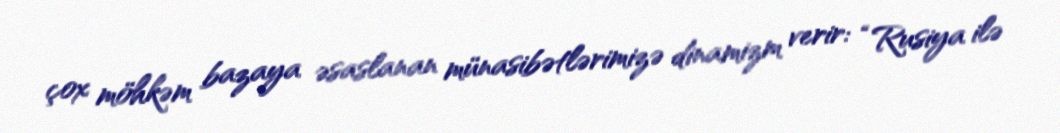
çox möhkəm bazaya əsaslanan münasibətlərimizə dinamizm verir: “Rusiya ilə